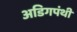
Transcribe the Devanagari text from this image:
अडिगपंथी